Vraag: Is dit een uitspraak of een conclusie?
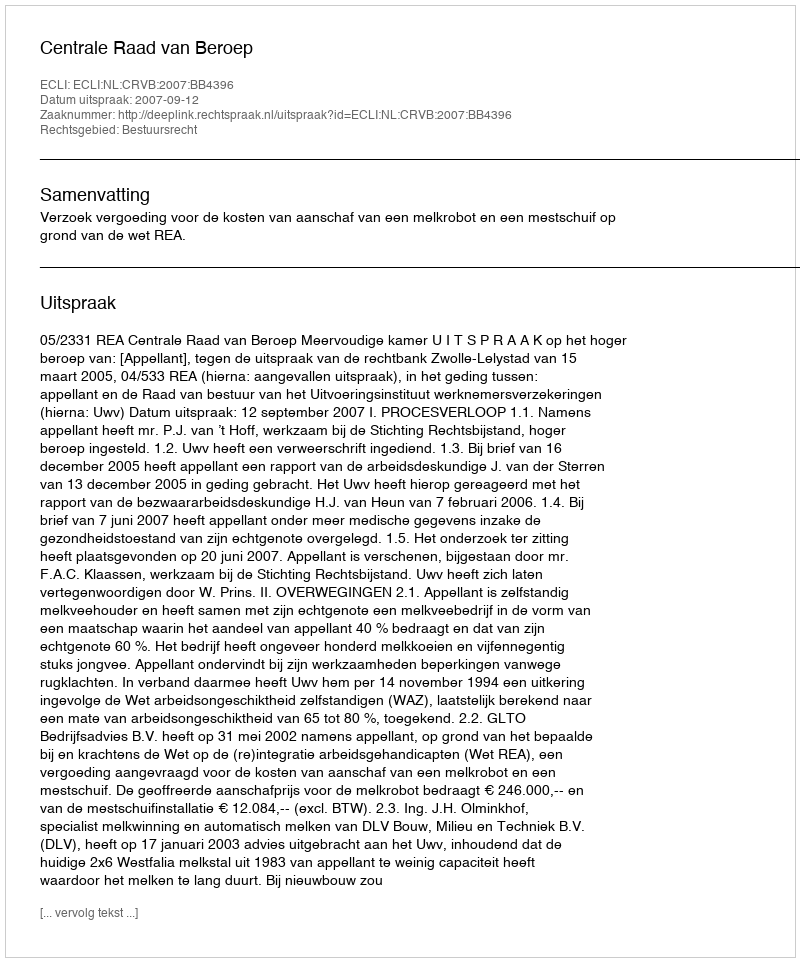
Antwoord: Uitspraak